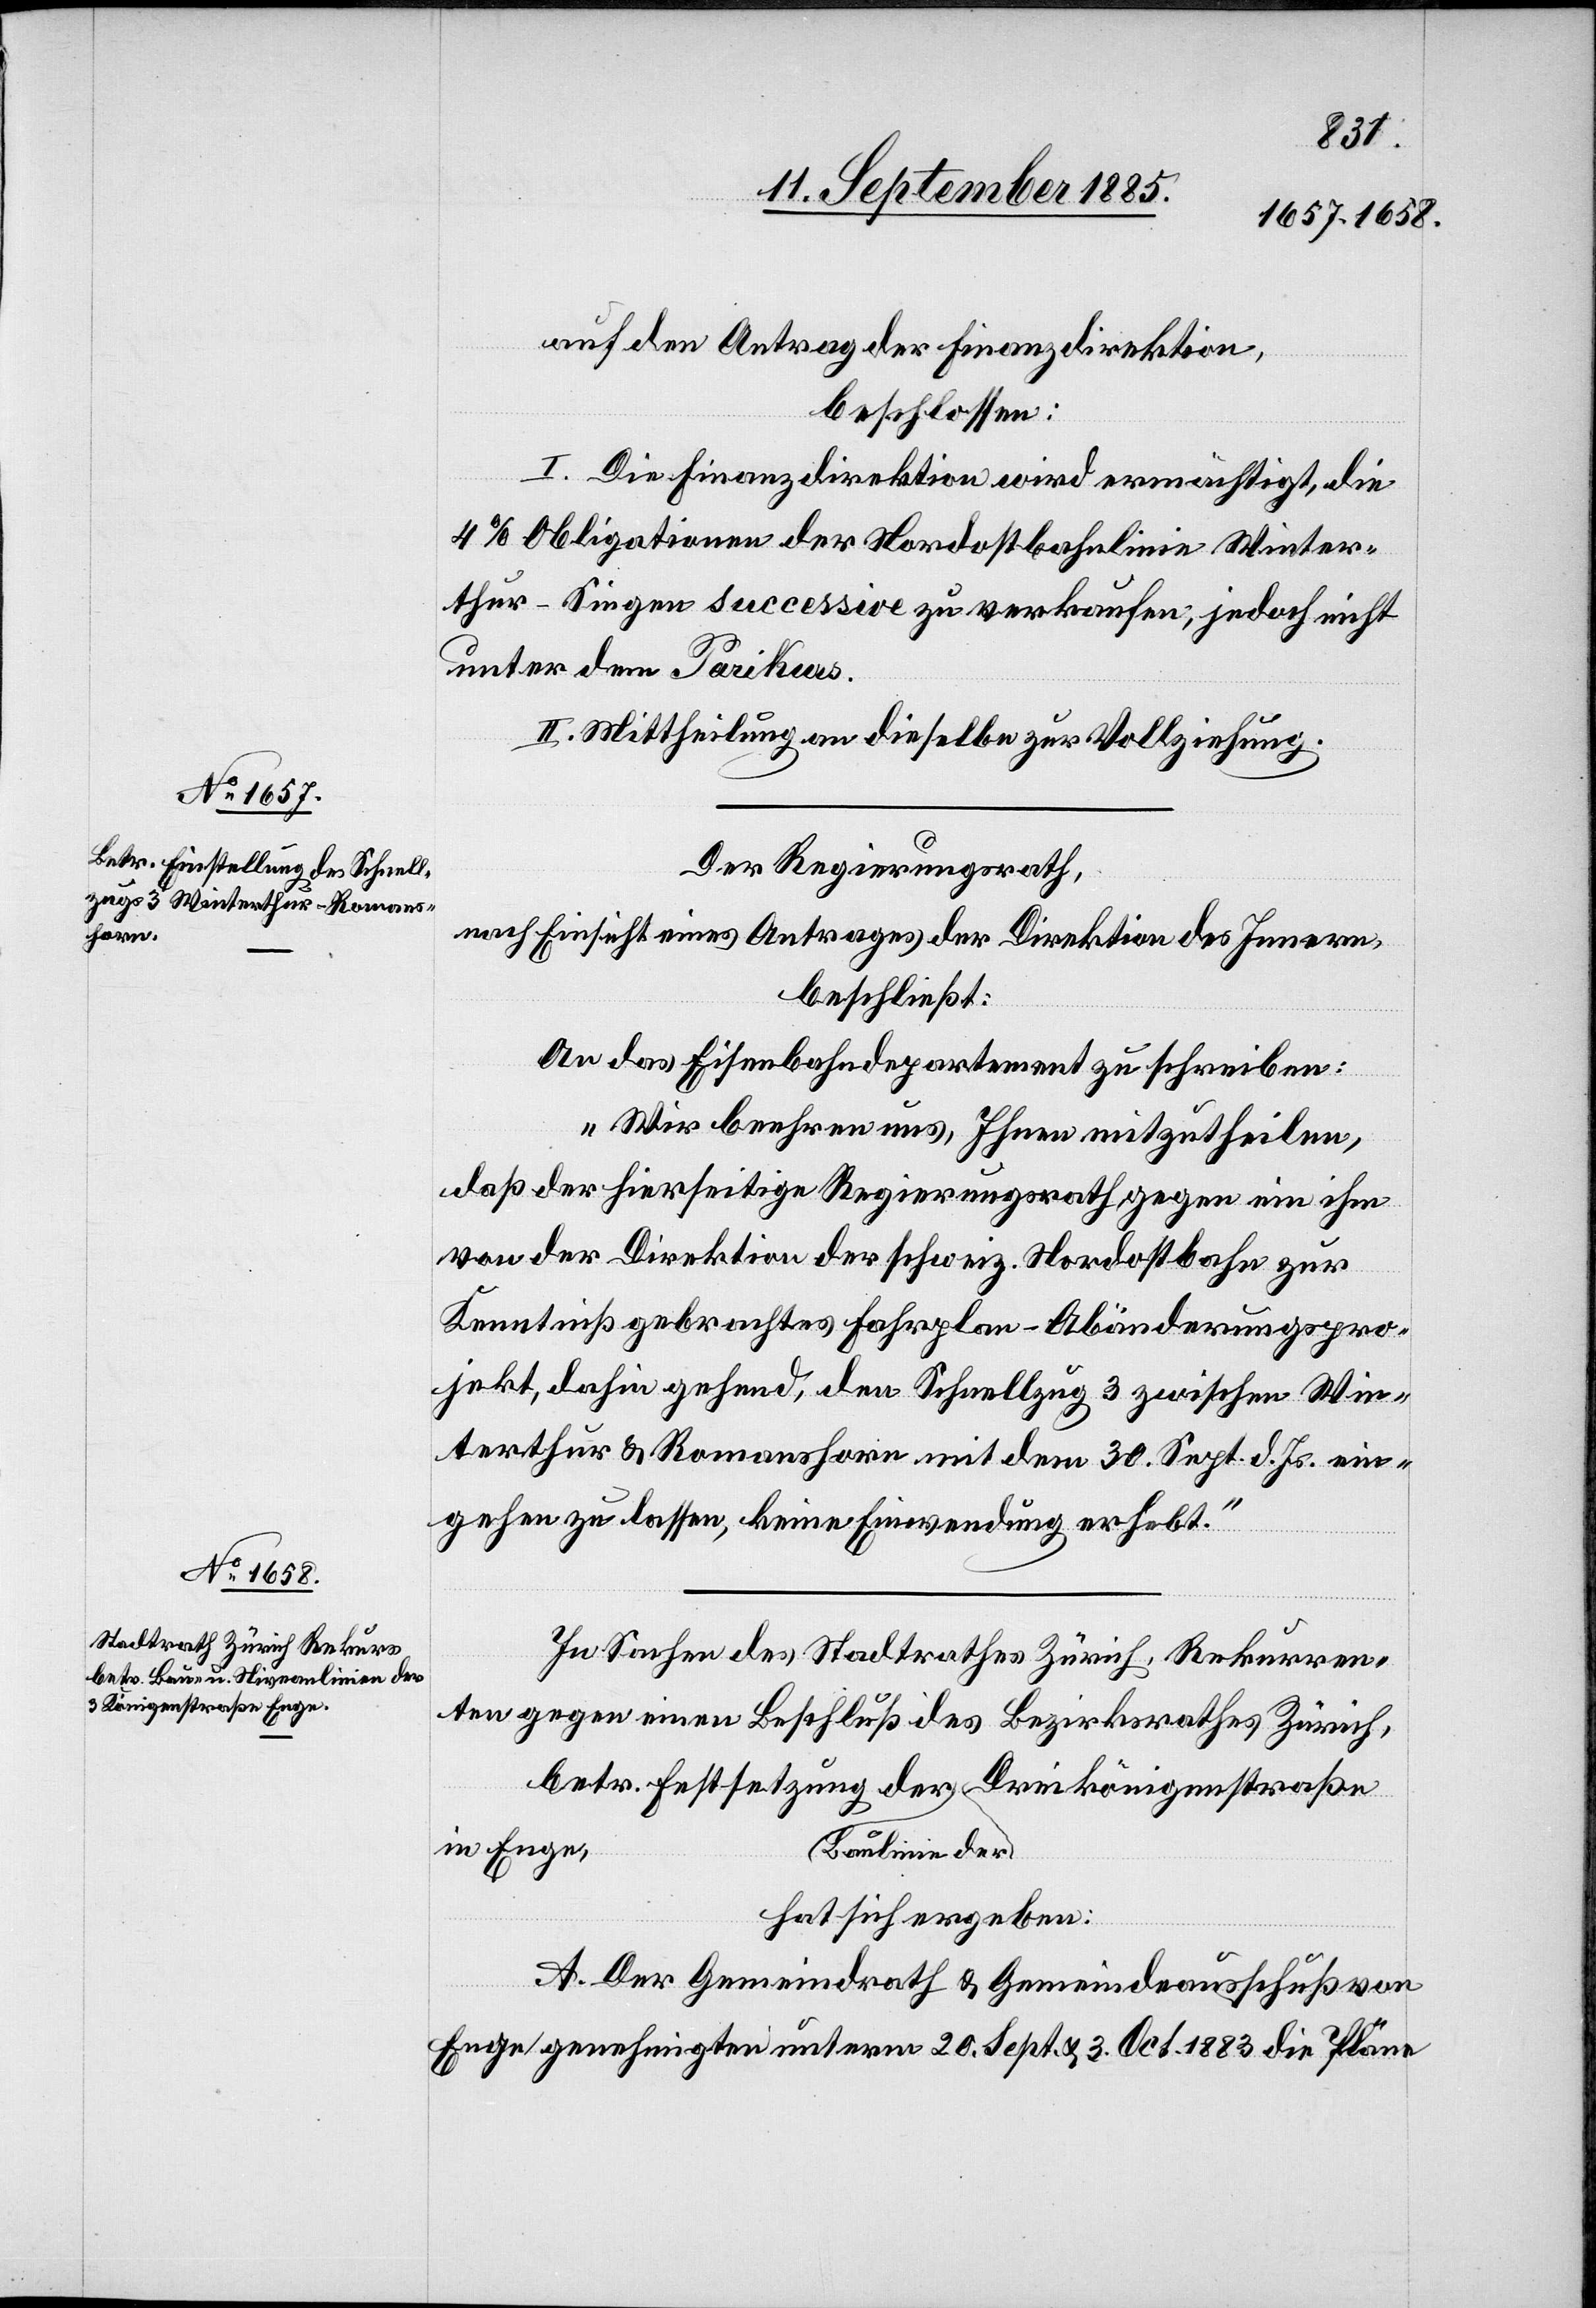
auf den Antrag der Finanzdirektion,
beschlossen:
I. Die Finanzdirektion wird ermächtigt, die
4% Obligationen der Nordostbahnlinie Winter¬
thur–Singen successive zu verkaufen, jedoch nicht
unter dem Pari Kurs.
II. Mittheilung an dieselbe zur Vollziehung.
Der Regierungsrath,
nach Einsicht eines Antrages der Direktion des Innern,
beschließt:
An das Eisenbahndepartement zu schreiben:
„Wir beehren uns, Ihnen mitzutheilen,
daß der hierseitige Regierungsrath, gegen ein ihm
von der Direktion der schweiz. Nordostbahn zur
Kenntniß gebrachtes Fahrplan-Abänderungspro¬
jekt, dahin gehend, den Schnellzug 3 zwischen Win¬
terthur & Romanshorn mit dem 30. Sept. d. Js. ein¬
gehen zu lassen, keine Einwendung erhebt.“
In Sachen des Stadtrathes Zürich, Rekurren¬
ten gegen einen Beschluß des Bezirksrathes Zürich,
betr. Festsetzung der a-Baulinie der-a Dreikönigenstraße
in Enge,
hat sich ergeben:
A. Der Gemeindrath & Gemeindeausschuß von
Enge genehmigten unterm 20. Sept. & 3. Oct. 1883 die Pläne